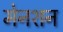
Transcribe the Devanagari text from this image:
मेनशन